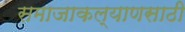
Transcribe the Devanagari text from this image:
समाजाकल्याणसाठी